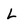
Character: L